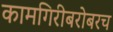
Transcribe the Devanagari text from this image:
कामगिरीबरोबरच